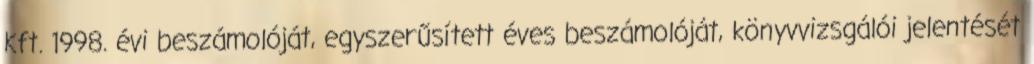
Kft. 1998. évi beszámolóját, egyszerűsített éves beszámolóját, könyvvizsgálói jelentését